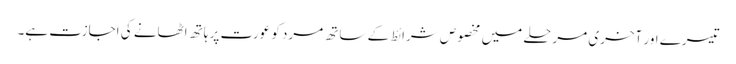
تیسرے اور آخری مرحلے میں مخصوص شرائط کے ساتھ مرد کو عورت پر ہاتھ اٹھانے کی اجازت ہے۔